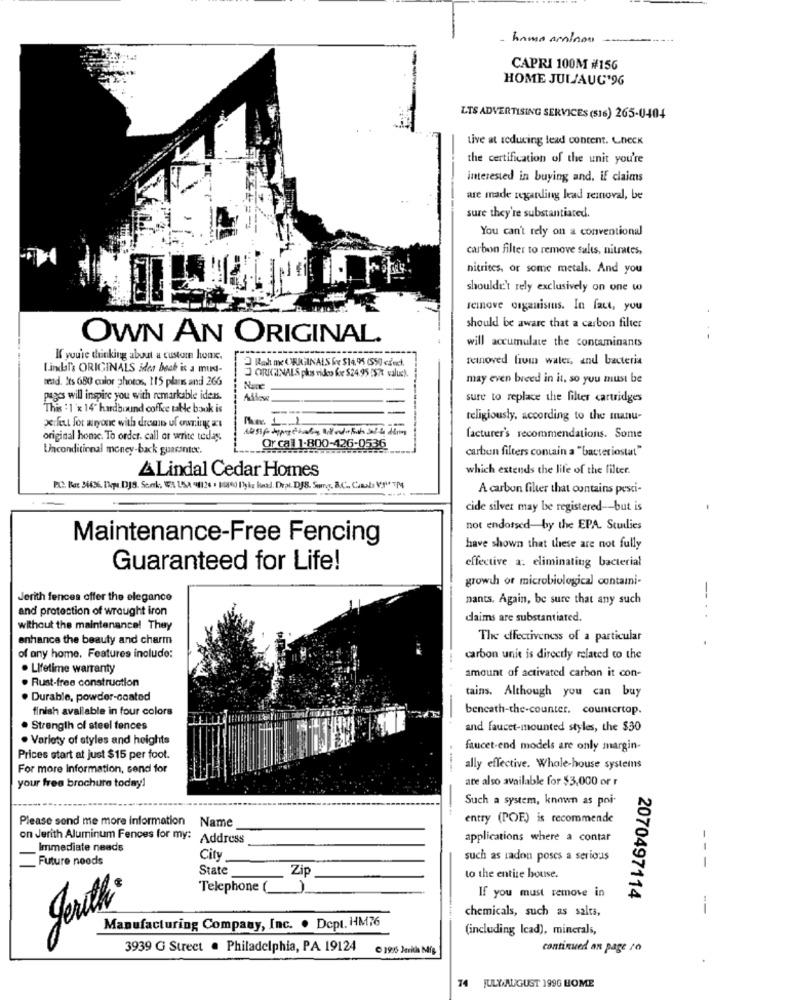
home aminos
CAPRI 100M #156
HOME JUL/AUG'96
LTS ADVERTISING SERVICES (516) 265-0404
Live at reducing lead content. Lneck
the certification of the unit you're
interested in buying and. if claims
are made regarding lead removal, be
sure they're substantiated.
You can't rely on a conventional
carbon filter to remove salts, nitrates,
nitrites, or some metals. And you
shouldn't rely exclusively on one w
femove organismus. In fact, you
should be aware that a carbon filter
OWN AN ORIGINAL
will accumulate the contaminants
If you're thinking about a custom home.
Rah me CHUIGINALS &x $14.95 (SSO cze).
reinoved livin water, and bacteria
Lindan's ORIGINALS ider beck is a mund-
ORIGINALS plas video for $24.95 :57t value !.
said. Its 680 color photos, 115 plans and 266
may even breed in it, so you must be
Nane
pages will inspire you with remarkable iden.
Audio
sure to replace the filter cartridges
This : 1 x 14 hardbound coffee table book is
religiously, according to the manu-
Exclut for anyone with dremp uf owning a's
original honc. To order. call or write today
facturer's recommendations. Some
Unconditional money-back guacintex.
Or call 1-800-426-0536
carbon filters contain a "bacteriostat"
ALindal Cedar Homes
which extends the life of the filter.
A carbon filter that contains pesci-
cide silver may be registered -- but is
not endorsed-by the EPA. Studies
Maintenance-Free Fencing
have shown that these are not fully
effective a. eliminating bacterial
Guaranteed for Life!
growth of microbiological contami-
Jerith fences offer the elegance
nants. Again, be sure that any such
and protection of wrought iron
daims are substantiated.
--..
without the maintenance! They
enhance the beauty and charm
The effectiveness of a particular
of any home, Features include:
carbon unit is directly related to the
. Lifetime warranty
. Rust-free construction
amount of activated carbon it con-
tains. Although you can buy
. Durable, powder-coated
finish available in four colors
bencath-the-counter. countertop.
. Strength of steel fences
and faucet-mounted styles, the $30
. Variety of styles and heights
faucet-end models are only margin-
Prices start at just $15 per foot.
For more information, send for
ally effective. Whole-house systeins
are also available for $3,000 or r
your free brochure today!
Such a system, known as poi-
-- --
Please send me more information Name
entry (POF) is recommende
on Jerith Aluminum Fences for my: Address
applications where a contar
Immediate neads
Future noods
City
such as radon poses a serious
State
Zip
to the entire house.
Telephone (
If you must remove in
2070497114
gerth
--
chemicals, such as salts,
Manufacturing Company, Inc. . Dept. HM76
(including Icad), minerals,
3939 G Street . Philadelphia, PA 19124
C 1996 Jerith Big
continued an page to
74
JULY.AUGUST 1996 HOME